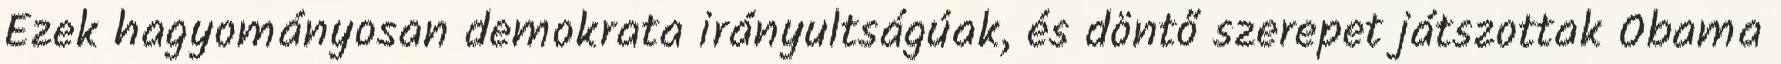
Ezek hagyományosan demokrata irányultságúak, és döntő szerepet játszottak Obama